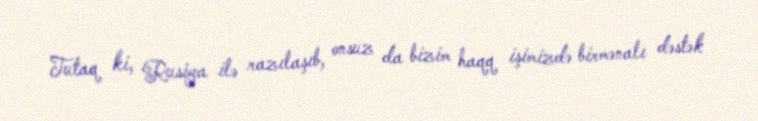
Tutaq ki, Rusiya ilə razılaşıb, onsuz da bizim haqq işimizdə birmənalı dəstək